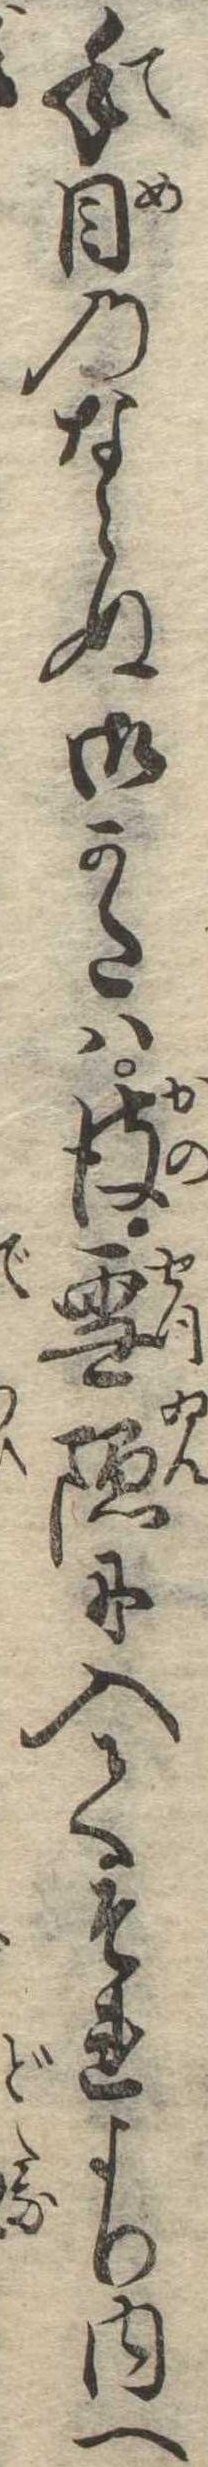
手目のならぬ御かたは彼雪隠に入てそれより内へ